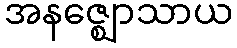
အနဇ္ဈောသာယ